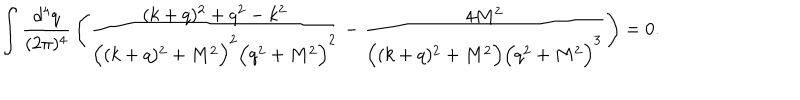
\int \frac { d ^ { 4 } q } { ( 2 \pi ) ^ { 4 } } \, \Bigg ( \frac { ( k + q ) ^ { 2 } + q ^ { 2 } - k ^ { 2 } } { \Big ( ( k + q ) ^ { 2 } + M ^ { 2 } \Big ) ^ { 2 } \Big ( q ^ { 2 } + M ^ { 2 } \Big ) ^ { 2 } } - \frac { 4 M ^ { 2 } } { \Big ( ( k + q ) ^ { 2 } + M ^ { 2 } \Big ) \Big ( q ^ { 2 } + M ^ { 2 } \Big ) ^ { 3 } } \Bigg ) = 0 .